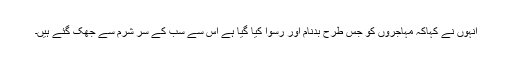
انہوں نے کہاکہ مہاجروں کو جس طرح بدنام اور رسوا کیا گیا ہے اس سے سب کے سر شرم سے جھک گئے ہیں۔